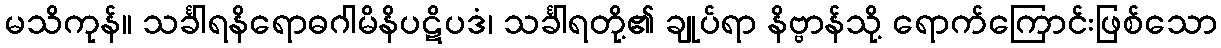
မသိကုန်။ သင်္ခါရနိရောဓဂါမိနိပဋိပဒံ၊ သင်္ခါရတို့၏ ချုပ်ရာ နိဗ္ဗာန်သို့ ရောက်ကြောင်းဖြစ်သော